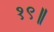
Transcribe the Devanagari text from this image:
१९॥